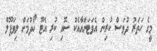
މީގެ ހަތަރު ދުވަސް ކުރިން އެވަޓަންއާއެކު ސޮއި ކުރި އެޓޫ ހޯދުމަށް ލިވަޕޫލް